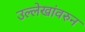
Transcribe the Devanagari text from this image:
उल्लेखांवरुन